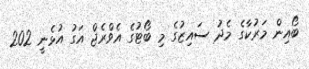
ބޯއިން މަރުކާގެ މެދު ސައިޒުގެ މި ބޯޓުގެ އެވްރެޖް އަގު އުޅެނީ 202